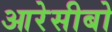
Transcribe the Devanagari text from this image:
आरेसीबो